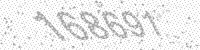
Solution: 168691